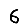
Digit: 6